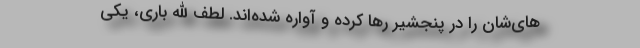
‌های‌شان را در پنجشیر رها کرده و آواره شده‌اند. لطف الله باری، یکی